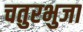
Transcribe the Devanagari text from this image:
चतुरभुजा